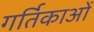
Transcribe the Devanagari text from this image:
गर्तिकाओं